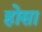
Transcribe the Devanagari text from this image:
होसा